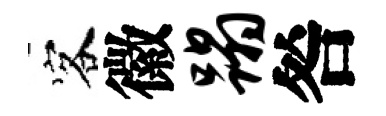
客徽蹋咎